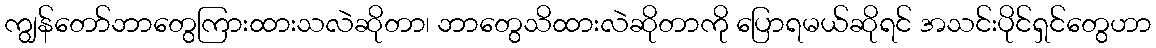
ကျွန်တော်ဘာတွေကြားထားသလဲဆိုတာ၊ ဘာတွေသိထားလဲဆိုတာကို ပြောရမယ်ဆိုရင် အသင်းပိုင်ရှင်တွေဟာ